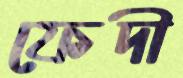
ফেদী